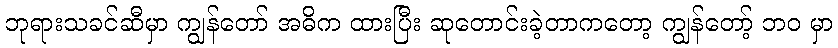
ဘုရားသခင်ဆီမှာ ကျွန်တော် အဓိက ထားပြီး ဆုတောင်းခဲ့တာကတော့ ကျွန်တော့် ဘဝ မှာ